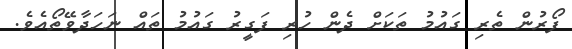
ފޯރުން ތެރި ގައުމު ތަކަށް ދެން ހުރި ފަގީރު ގައުމު ތައް ނަހަދާވޭތޯއެވެ.